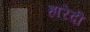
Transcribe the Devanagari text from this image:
हारेदी